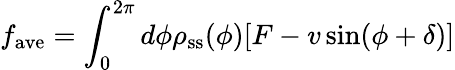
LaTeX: f_{\mathrm{ave}}=\int_{0}^{2\pi}d\phi\rho_{\mathrm{ss}}(\phi)[F-v\sin(\phi+\delta)]